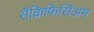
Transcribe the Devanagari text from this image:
सैक्रिफिसिंअम